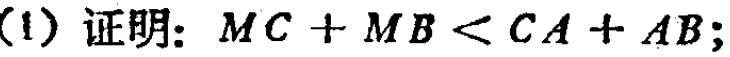
(1) 证明：\(MC + MB < CA + AB\);